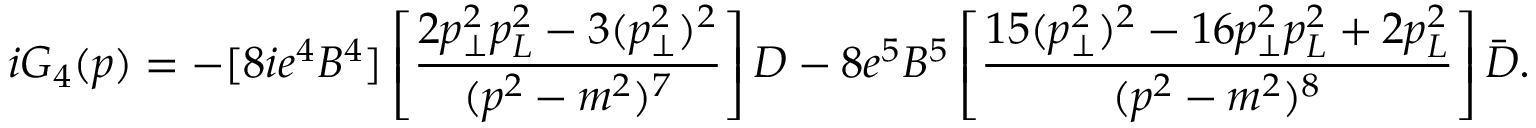
i { \cal G } _ { 4 } ( p ) = - [ 8 i e ^ { 4 } B ^ { 4 } ] \left[ { \frac { 2 p _ { \bot } ^ { 2 } p _ { L } ^ { 2 } - 3 ( p _ { \bot } ^ { 2 } ) ^ { 2 } } { ( p ^ { 2 } - m ^ { 2 } ) ^ { 7 } } } \right] D - 8 e ^ { 5 } B ^ { 5 } \left[ { \frac { 1 5 ( p _ { \bot } ^ { 2 } ) ^ { 2 } - 1 6 p _ { \bot } ^ { 2 } p _ { L } ^ { 2 } + 2 p _ { L } ^ { 2 } } { ( p ^ { 2 } - m ^ { 2 } ) ^ { 8 } } } \right] \bar { D } .